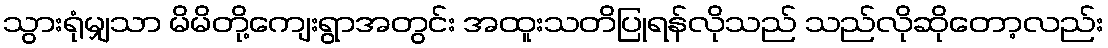
သွားရုံမျှသာ မိမိတို့ကျေးရွာအတွင်း အထူးသတိပြုရန်လိုသည် သည်လိုဆိုတော့လည်း